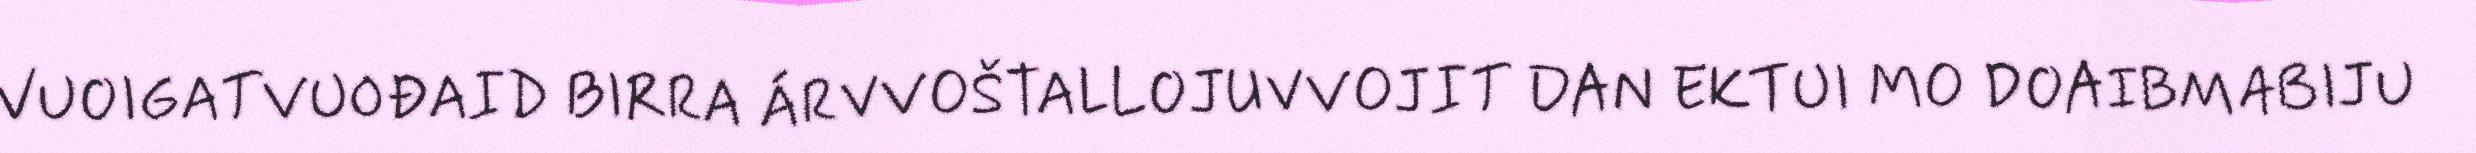
VUOIGATVUOĐAID BIRRA ÁRVVOŠTALLOJUVVOJIT DAN EKTUI MO DOAIBMABIJU